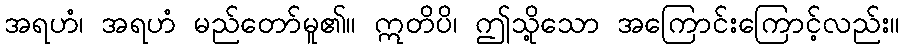
အရဟံ၊ အရဟံ မည်တော်မူ၏။ ဣတိပိ၊ ဤသို့သော အကြောင်းကြောင့်လည်း။